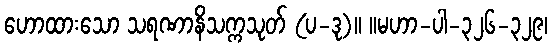
ဟောထားသော သရဏာနိသက္ကသုတ် (ပ-ဒု)။ ။မဟာ-ပါ-၃၂၆-၃၂၉၊